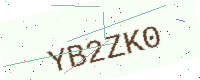
Text: YB2ZK0